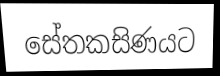
සේතකසිණයට